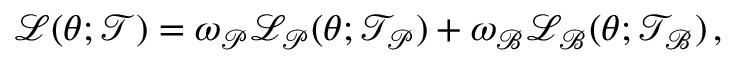
\begin{array} { r } { \mathcal { L } ( \boldsymbol { \theta } ; \mathcal { T } ) = \omega _ { \mathcal { P } } \mathcal { L } _ { \mathcal { P } } ( \boldsymbol { \theta } ; \mathcal { T } _ { \mathcal { P } } ) + \omega _ { \mathcal { B } } \mathcal { L } _ { \mathcal { B } } ( \boldsymbol { \theta } ; \mathcal { T } _ { \mathcal { B } } ) \, , } \end{array}